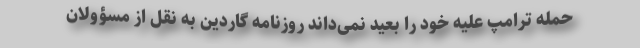
حمله ترامپ علیه خود را بعید نمی‌داند روزنامه گاردین به نقل از مسؤولان